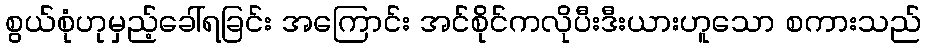
စွယ်စုံဟုမှည့်ခေါ်ရခြင်း အကြောင်း အင်စိုင်ကလိုပီးဒီးယားဟူသော စကားသည်